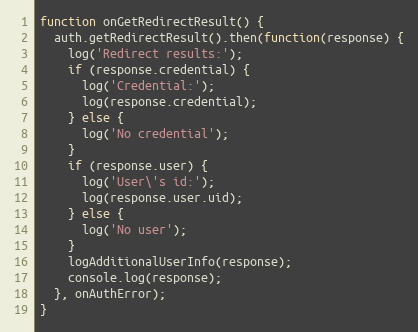
Language: JavaScript
function onGetRedirectResult() {
  auth.getRedirectResult().then(function(response) {
    log('Redirect results:');
    if (response.credential) {
      log('Credential:');
      log(response.credential);
    } else {
      log('No credential');
    }
    if (response.user) {
      log('User\'s id:');
      log(response.user.uid);
    } else {
      log('No user');
    }
    logAdditionalUserInfo(response);
    console.log(response);
  }, onAuthError);
}